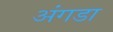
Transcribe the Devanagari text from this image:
अंगडा